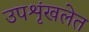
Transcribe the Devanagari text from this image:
उपशृंखलेत